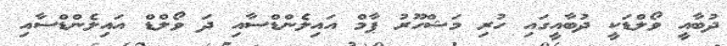
ދުބާއީ ވޯލްޑަކީ ދުބާއީގައި ހުރި މަޝްހޫރު ޕާމް އައިލެންޑްސާއި ދަ ވޯލްޑް އައިލެންޑްސާއި